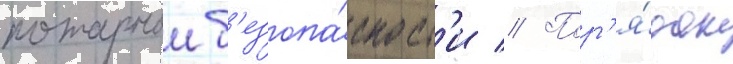
пожарнои б'езопа́сност'и // Пор'я́док